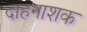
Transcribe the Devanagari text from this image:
दाहनाशक